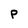
Character: P